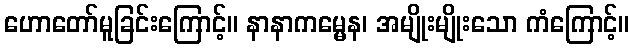
ဟောတော်မူခြင်းကြောင့်။ နာနာကမ္မေန၊ အမျိုးမျိုးသော ကံကြောင့်။